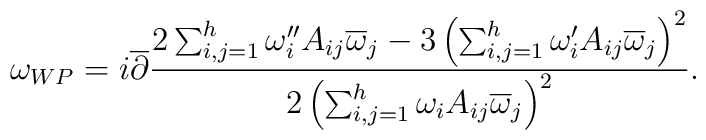
\omega_{WP}=i\overline\partial{2\sum_{i,j=1}^h\omega_i''A_{ij}\overline \omega_j-3\left(\sum_{i,j=1}^h\omega_i'A_{ij}\overline\omega_j\right)^2\over 2\left(\sum_{i,j=1}^h\omega_iA_{ij}\overline\omega_j\right)^2}.